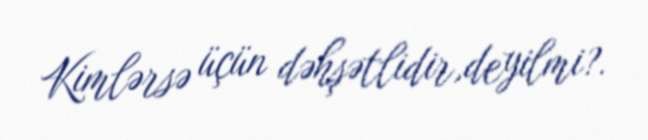
Kimlərsə üçün dəhşətlidir,deyilmi?.